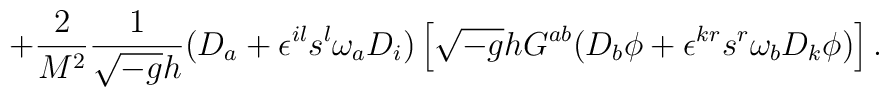
+ \frac{2}{M^2} \frac{1}{\sqrt{-g}h} (D_{a} + \epsilon^{il} s^{l}  \omega_{a} D_i)  \left[ \sqrt{-g}hG^{ab} ( D_b \phi +\epsilon^{kr}s^{r}\omega_{b}D_{k}\phi)\right].